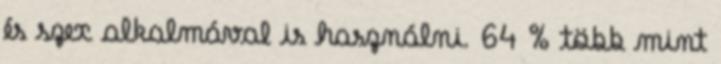
és szex alkalmával is használni. 64 % több mint